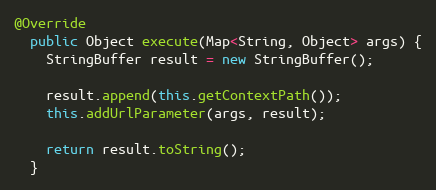
Language: Java
@Override
  public Object execute(Map<String, Object> args) {
    StringBuffer result = new StringBuffer();

    result.append(this.getContextPath());
    this.addUrlParameter(args, result);

    return result.toString();
  }